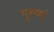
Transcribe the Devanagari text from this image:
गुरुणां